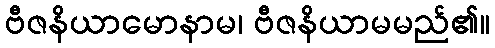
ဗီဇနိယာမောနာမ၊ ဗီဇနိယာမမည်၏။